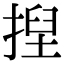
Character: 揑